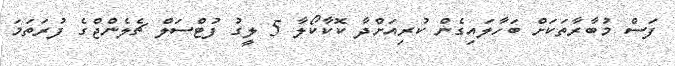
ފަސް މުބާރާތަކަށް ބަހާލައިގެން ކުރިއަށްދާ ކޮކާކޯލާ 5 ލީގު ފުޓްސަލް ޗެލެންޖްގެ ފުރަތަމަ